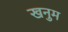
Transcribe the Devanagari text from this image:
खनुम